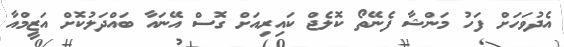
އެދުވަހަށް ފަހު މަންޝާ ފެނޭތޯ ކޮލެޖް ކައިރިއަށް ގޮސް އޭނައާ ބައްދަލުކޮށް އަޒީމްއާ